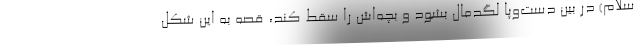
سلام) در بین دست‌وپا لگدمال بشود و بچه‌اش را سقط کند، قصه به این شکل